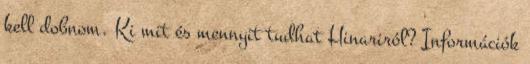
kell dobnom. Ki mit és mennyit tudhat Hinariról? Információk